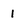
Character: 1